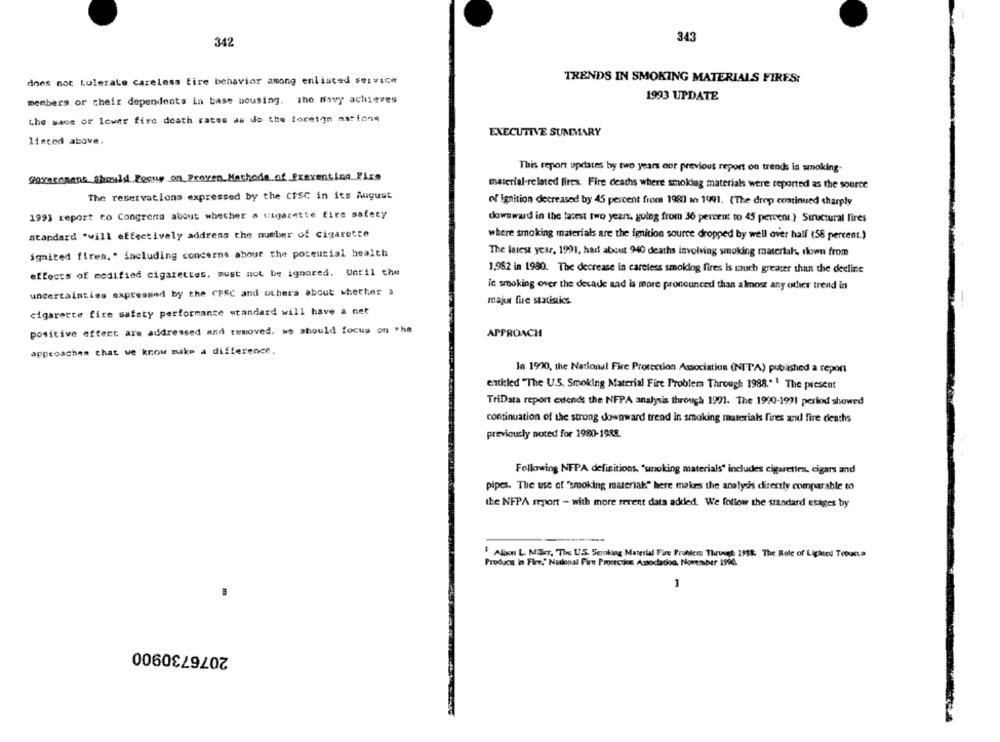
343
342
does not tolerate careless fire behavior among enlisted service
TRENDS IN SMOKING MATERIALS FIRES:
1993 UPDATE
members or their dependents in base bousing. The Navy achieves
the sans or lower fire death rates as do the foreign mations
EXECUTIVE SUMMARY
listed above.
This report updates by two years our previous report on trends in smoking-
Government should Focus on_groven Mathode of Exeventing_Fixe
material-related fires. Fire deaths where smoking materials were reported as the source
The reservations expressed by the CESC in its August
of ignition decreased by 45 percent from 1980 to 1991. (The drop continued sharply
1993 report ro Congrons about whether a cigarette fire safety
downward in the latest two years, going from 36 percent to 45 percent } Structural fires
standard "will effectively address the number of cigarette
where smoking materials are the ignition source dropped by well over half (58 percent.)
ignited fires." including concerns about the poreutial health
The latest year, 1991, had about 940 deaths involving smoking materials, down from
effects of modified cigarettes, must not be ignored. Until the
1,952 in 1990. The decrease la careless smoking fires is much greater than the decline
ic smoking over the decade aad is more pronounced than almost any other trend in
uncertainties expressed by the CPSC and others about whether a
majur fire statistics.
cigarette fire safety performance standard will have a net
positive effect are addressed and removed. wo should focus on the
APPROACH
approaches that we know make a difference.
Ta 1970, the National Fire Protection Association (NITA) published a report
entitled "The U.S. Smoking Material Fire Problema Through 1988." 1 The present
TriData report extends the NFPA analysis through 1991. The 1990-1991 period showed
continuation of the strong downward trend in smoking materials fires and fire deaths
previously noted for 1980-1988.
Following NFPA definitions, "unoking materials" includes cigarettes, cigars and
pipes. The use of "smoking materiak" here makes the analysis directly comparable to
the NFPA report - with more recent data added. We follow the standard esages by
Alison L. MIlier, The U.S. Sepoking Material Fire Pruhkis Thuweek: 1988: The Role of Lighed Troucta
Produce In Fire." Nacional Fire Processes Association. November 1994.
1
2076730900